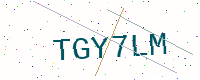
Text: TGY7LM